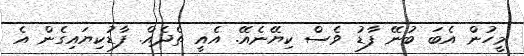
މީހުން އެބަ ބުނޭ ފާޑު ވެސް ކިޔޭނެއޭ. އެއީ ތެދެއް. ފާޑުކިޔައިގެން އެ